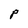
Character: P